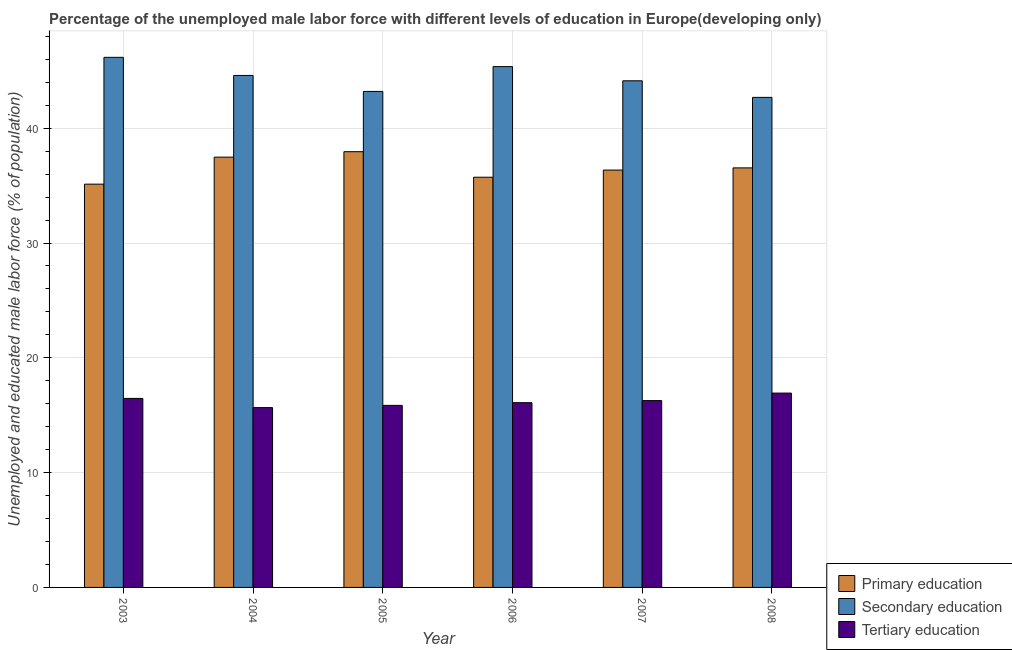
| Year | Primary education | Secondary education | Tertiary education |
 | --- | --- | --- | --- |
 | 2003 | 35.1 | 46.2 | 16.5 |
 | 2004 | 37.5 | 44.6 | 15.7 |
 | 2005 | 38 | 43.2 | 15.9 |
 | 2006 | 35.7 | 45.4 | 16.1 |
 | 2007 | 36.4 | 44.1 | 16.3 |
 | 2008 | 36.5 | 42.7 | 16.9 |